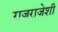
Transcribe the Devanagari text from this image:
राजराजेशी